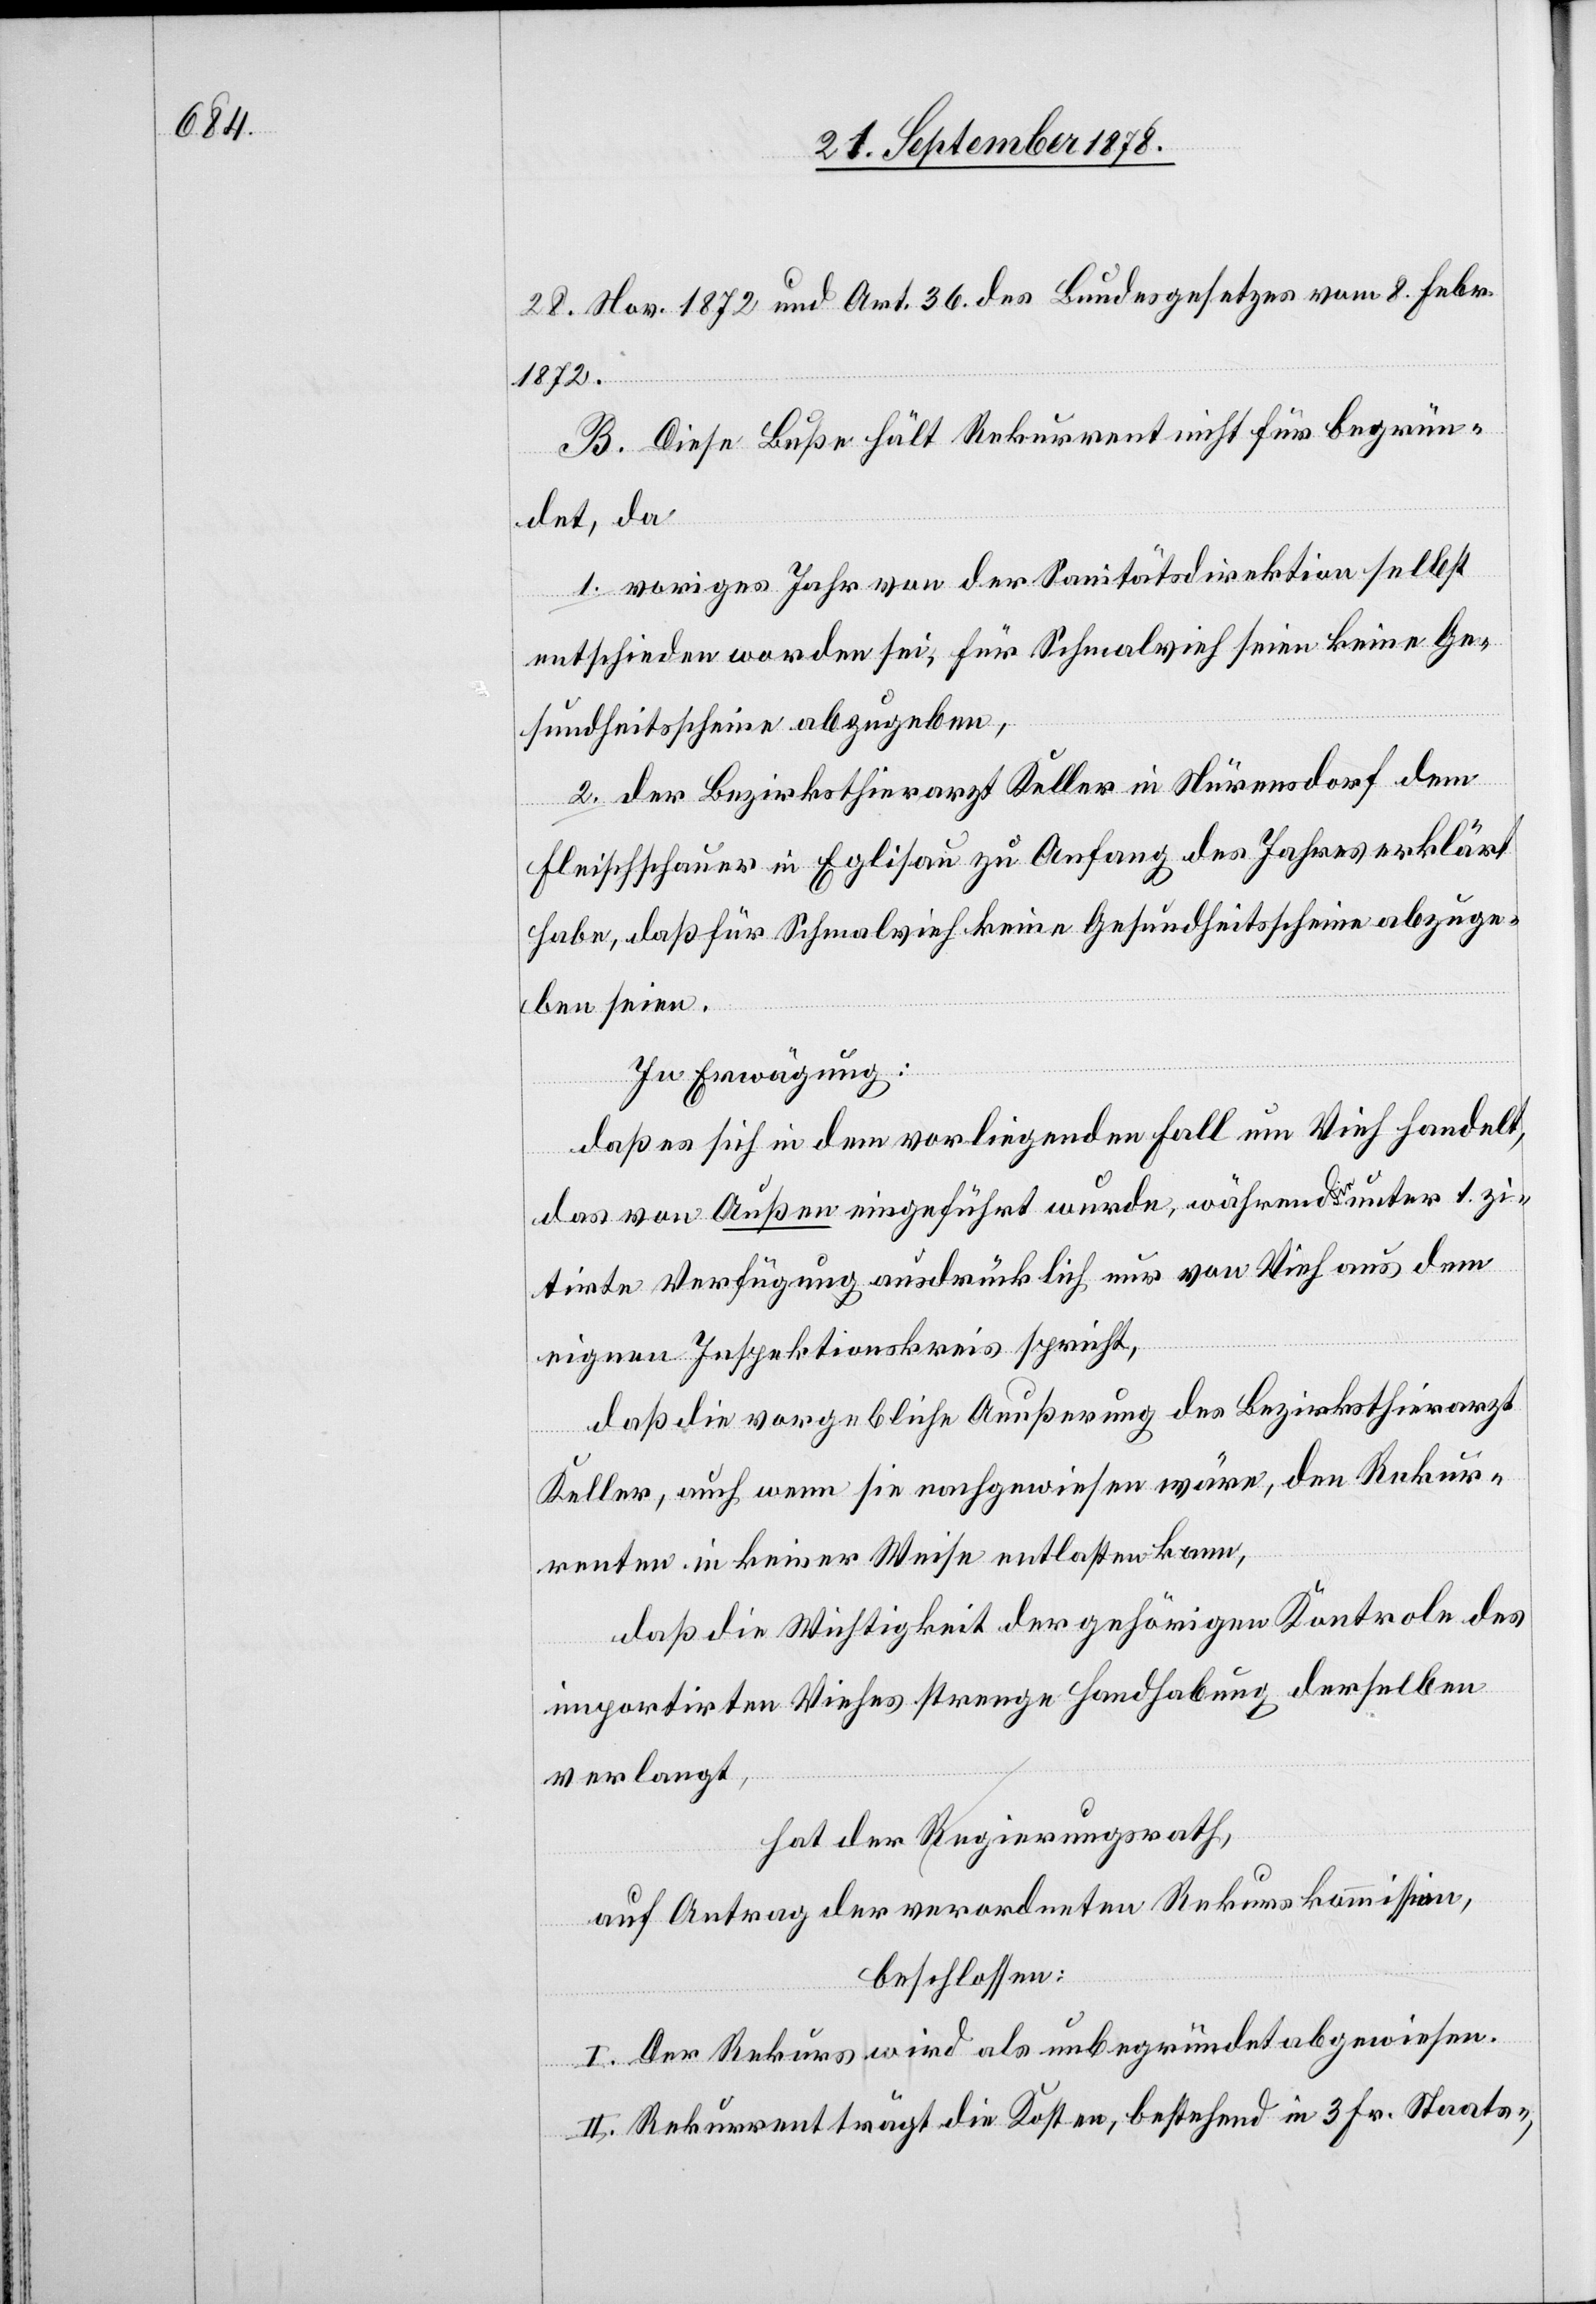
28. Nov. 1872 und Art. 36 des Bundesgesetzes vom 8. Febr.
1872.
B. Diese Buße hält Rekurrent nicht für begrün¬
det, da
1. voriges Jahr von der Sanitätsdirektion selbst
entschieden worden sei, für Schmalvieh seien keine Ge¬
sundheitsscheine abzugeben,
2. der Bezirksthierarzt Keller in Nürensdorf dem
Fleischschauer in Eglisau zu Anfang des Jahres erklärt
habe, daß für Schmalvieh keine Gesundheitsscheine abzuge¬
ben seien.
In Erwägung:
daß es sich in dem vorliegenden Fall um Vieh handelt,
das von Außen eingeführt wurde, während in unter 1. zi¬
tirten Verfügung ausdrücklich nur von Vieh aus dem
eigenen Inspektionskreis spricht
daß die vorgebliche Aeußerung des Bezirksthierarzt
Keller, auch wenn sie nachgewiesen wäre, den Rekur¬
renten in keiner Weise entlasten kann,
daß die Wichtigkeit der gehörigen Kontrole des
importirten Viehes strenge Handhabung derselben
verlangt,
hat der Regierungsrath,
sion,
beschlossen:
I. Der Rekurs wird als unbegründet abgewiesen.
II. Rekurrent trägt die Kosten, bestehend in 3 Fr. Staats-,